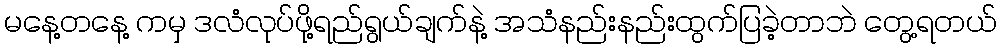
မနေ့တနေ့ ကမှ ဒလံလုပ်ဖို့ရည်ရွယ်ချက်နဲ့ အသံနည်းနည်းထွက်ပြခဲ့တာဘဲ တွေ့ရတယ်